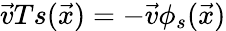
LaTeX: \vec{v}Ts(\vec{x})=-\vec{v}\phi_{s}(\vec{x})